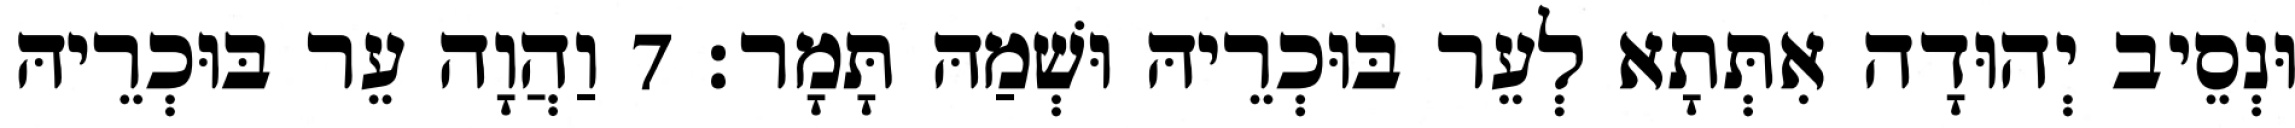
וּנְסֵיב יְהוּדָה אִתְּתָא לְעֵר בּוּכְרֵיהּ וּשְׁמַהּ תָּמָר׃ 7 וַהֲוָה עֵר בּוּכְרֵיהּ